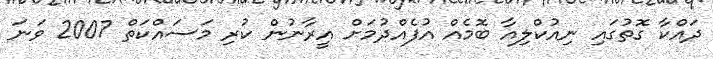
ދައްކާ ގޮތުގައި ނިއުކްލިއާ ބޮމެއް އުފެއްދުމަށް އީރާނުން ކުރި މަސައްކަތް 2007 ވަނަ